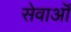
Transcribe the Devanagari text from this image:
सेवाऒं